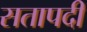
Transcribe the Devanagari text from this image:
सतापदी